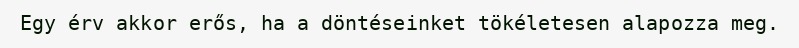
Egy érv akkor erős, ha a döntéseinket tökéletesen alapozza meg.